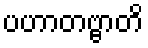
ပဟာတဗ္ဗာတိ